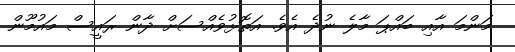
މަންމަ އާއި ބައްޕަ މާލެ ނުދެ އެވެ. އަތޮޅުވެއްސަށް ދާން ރައީސް މައުމޫން